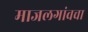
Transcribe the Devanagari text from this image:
माजलगांवचा